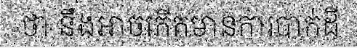
ថា នឹងអាចកើតមានការបាក់ដី